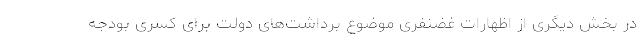
در بخش دیگری از اظهارات غضنفری موضوع برداشت‌های دولت برای کسری بودجه